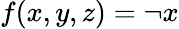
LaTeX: f(x,y,z)=\lnot x